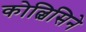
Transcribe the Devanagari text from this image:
कोल्चिसिने